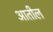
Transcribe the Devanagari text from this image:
अातील